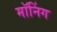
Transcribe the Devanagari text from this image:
मॉनिंग